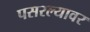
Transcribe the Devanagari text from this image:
पसरल्यावर